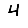
Digit: 4